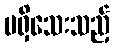
မရှိသေးသည့်